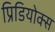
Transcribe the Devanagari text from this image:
प्रिडियोक्स